King Institute of Preventive Medicine Micro-Biological Section reports 1912-19
Year: 1912
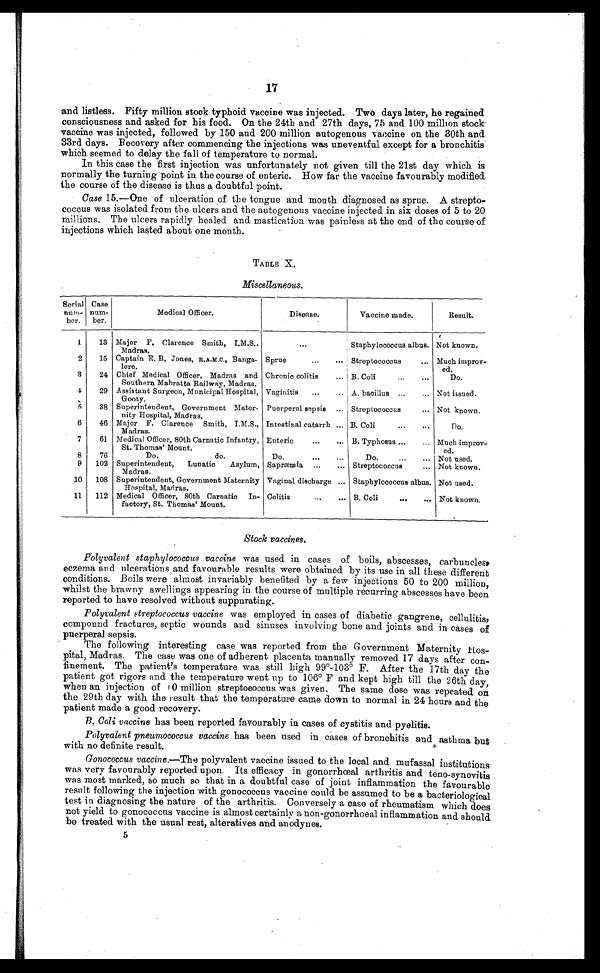
17
and listless. Fifty million stock typhoid vaccine was injected. Two days later, he regained
consciousness and asked for his food. On the 24th and 27th days, 75 and 100 million stock
vaccine was injected, followed by 150 and 200 million autogenous vaccine on the 30th and
33rd days. Recovery after commencing the injections was uneventful except for a bronchitis
which seemed to delay the fall of temperature to normal.
In this case the first injection was unfortunately not given till the 21st day which is
normally the turning point in the course of enteric. How far the vaccine favourably modified
the course of the disease is thus a doubtful point.
Case 15.—One of ulceration of the tongue and mouth diagnosed as sprue. A strepto
-coccus was isolated from the ulcers and the autogenous vaccine injected in six doses of 5 to 20
millions. The ulcers rapidly healed and mastication was painless at the end of the course of
injections which lasted about one month.
TABLE X.
Miscellaneous.
Serial
num-
ber.
Case
num-
ber.
Medical Officer.
Disease.
Vaccine made.
Result.
1
13
Major F. Clarence Smith, I.M.S.,
Madras.
. . .
Staphylococcus albus. Not known.
2
15
Captain E. B. Jones, R.A.M.C., Banga
-lore.
Sprue . . .
Streptococcus . . . Much improv
-ed.
3
24
Chief Medical Officer, Madras and
Southern Mahratta Railway, Madras.
Chronic colitis . . .
B. Coli . . .
Do.
4
29
Assistant Surgeon, Municipal Hospital,
Gooty.
Vaginitis . . .
A. bacillus . . . Not issued.
5
38
Superintendent, Government Mater
-nity Hospital, Madras,
Puerperal sepsis . . .
Streptococcus . . . Not known.
6
46
Major F. Clarence Smith, I.M.S.,
Madras.
Intestinal catarrh . . .
B. Coli . . .
Do.
7
61
Medical Officer, 80th Carnatic Infantry,
St. Thomas' Mount.
Enteric . . .
B. Typhosus . . . Much improv
-ed.
8
76
Do. do.
Do. . . .
Do. . . . Not used.
9
102
Superintendent, Lunatic Asylum,
Madras.
Sapræmia . . .
Streptococcus . . . Not known.
10
108
Superintendent, Government Maternity
Hospital, Madras.
Vaginal discharge . . .
Staphylococcus albus. Not used.
11
112
Medical Officer, 80th Carnatio In
-factory, St. Thomas' Mount.
Colitis . . .
B. Coli . . . Not known.
Stock vaccines.
Polyvalent staphylococcus vaccine was used in cases of boils, abscesses, carbuncles,
eczema and ulcerations and favourable results were obtained by its use in all these different
conditions. Boils were almost invariably benefited by a few injections 50 to 200 million,
whilst the brawny swellings appearing in the course of multiple recurring abscesses have been
reported to have resolved without suppurating.
Polyvalent streptococcus vaccine was employed in cases of diabetic gangrene, cellulitis,
compound fractures, septic wounds and sinuses involving bone and joints and in cases of
puerperal sepsis.
The following interesting case was reported from the Government Maternity Hos
-pital, Madras. The case was one of adherent placenta manually removed 17 days after con
- f i n e m e n t . T h e p a t i e n t ' s t e m p e r a t u r e w a s s t i l l h i g h 9 9°- 1 0 3° F . A f t e r t h e 1 7 t h d a y t h e
patient got rigors and the temperature went up to 106° F and kept high till the 26th day,
when an injection of 10 million streptococcus was given. The same dose was repeated on
the 29th day with the result that the temperature came down to normal in 24 hours and the
patient made a good recovery.
B. Coli vaccine has been reported favourably in cases of cystitis and pyelitis.
Polyvalent pneumococcus vaccine has been used in cases of bronchitis and asthma but
with no definite result.
Gonococcus vaccine .—The polyvalent vaccine issued to the local and mufassal institutions
was very favourably reported upon. Its efficacy in gonorrhœal arthritis and teno-synovitis
was most marked, so much so that in a doubtful case of joint inflammation the favourable
result following the injection with gonococcus vaccine could be assumed to be a bacteriological
test in diagnosing the nature of the arthritis. Conversely a case of rheumatism which does
not yield to gonococcus vaccine is almost certainly a non-gonorrhoeal inflammation and should
be treated with the usual rest, alteratives and anodynes.
5